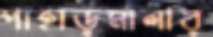
পাহাড়মালার